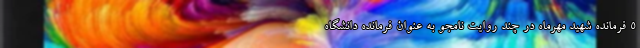
5 فرمانده شهید مهرماه در چند روایت نامجو به عنوان فرمانده دانشگاه